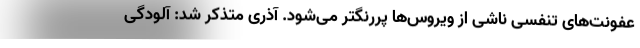
عفونت‌های تنفسی ناشی از ویروس‌ها پررنگتر می‌شود. آذری متذکر شد: آلودگی